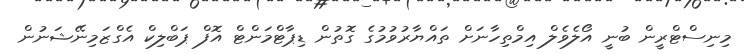
މިނިސްޓްރީން ބުނީ އޯލެވެލް އިމްތިހާނަށް ތައްޔާރުވުމުގެ ގޮތުން ޑިޕާޓްމަންޓް އޮފް ޕަބްލިކް އެގްޒަމިނޭޝަނުން